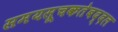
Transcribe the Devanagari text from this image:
समयसूचकतेबद्दल